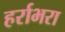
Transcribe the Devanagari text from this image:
हर्राभरा